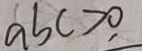
a b c > 0